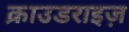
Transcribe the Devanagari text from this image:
क्राउडराइज़